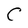
Character: C